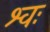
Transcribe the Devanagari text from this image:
श्वः